DOW-UAP-D48, Department of the Air Force Report, 1996
Agency: Department of War
Incident date: 9/10/96
Page 89
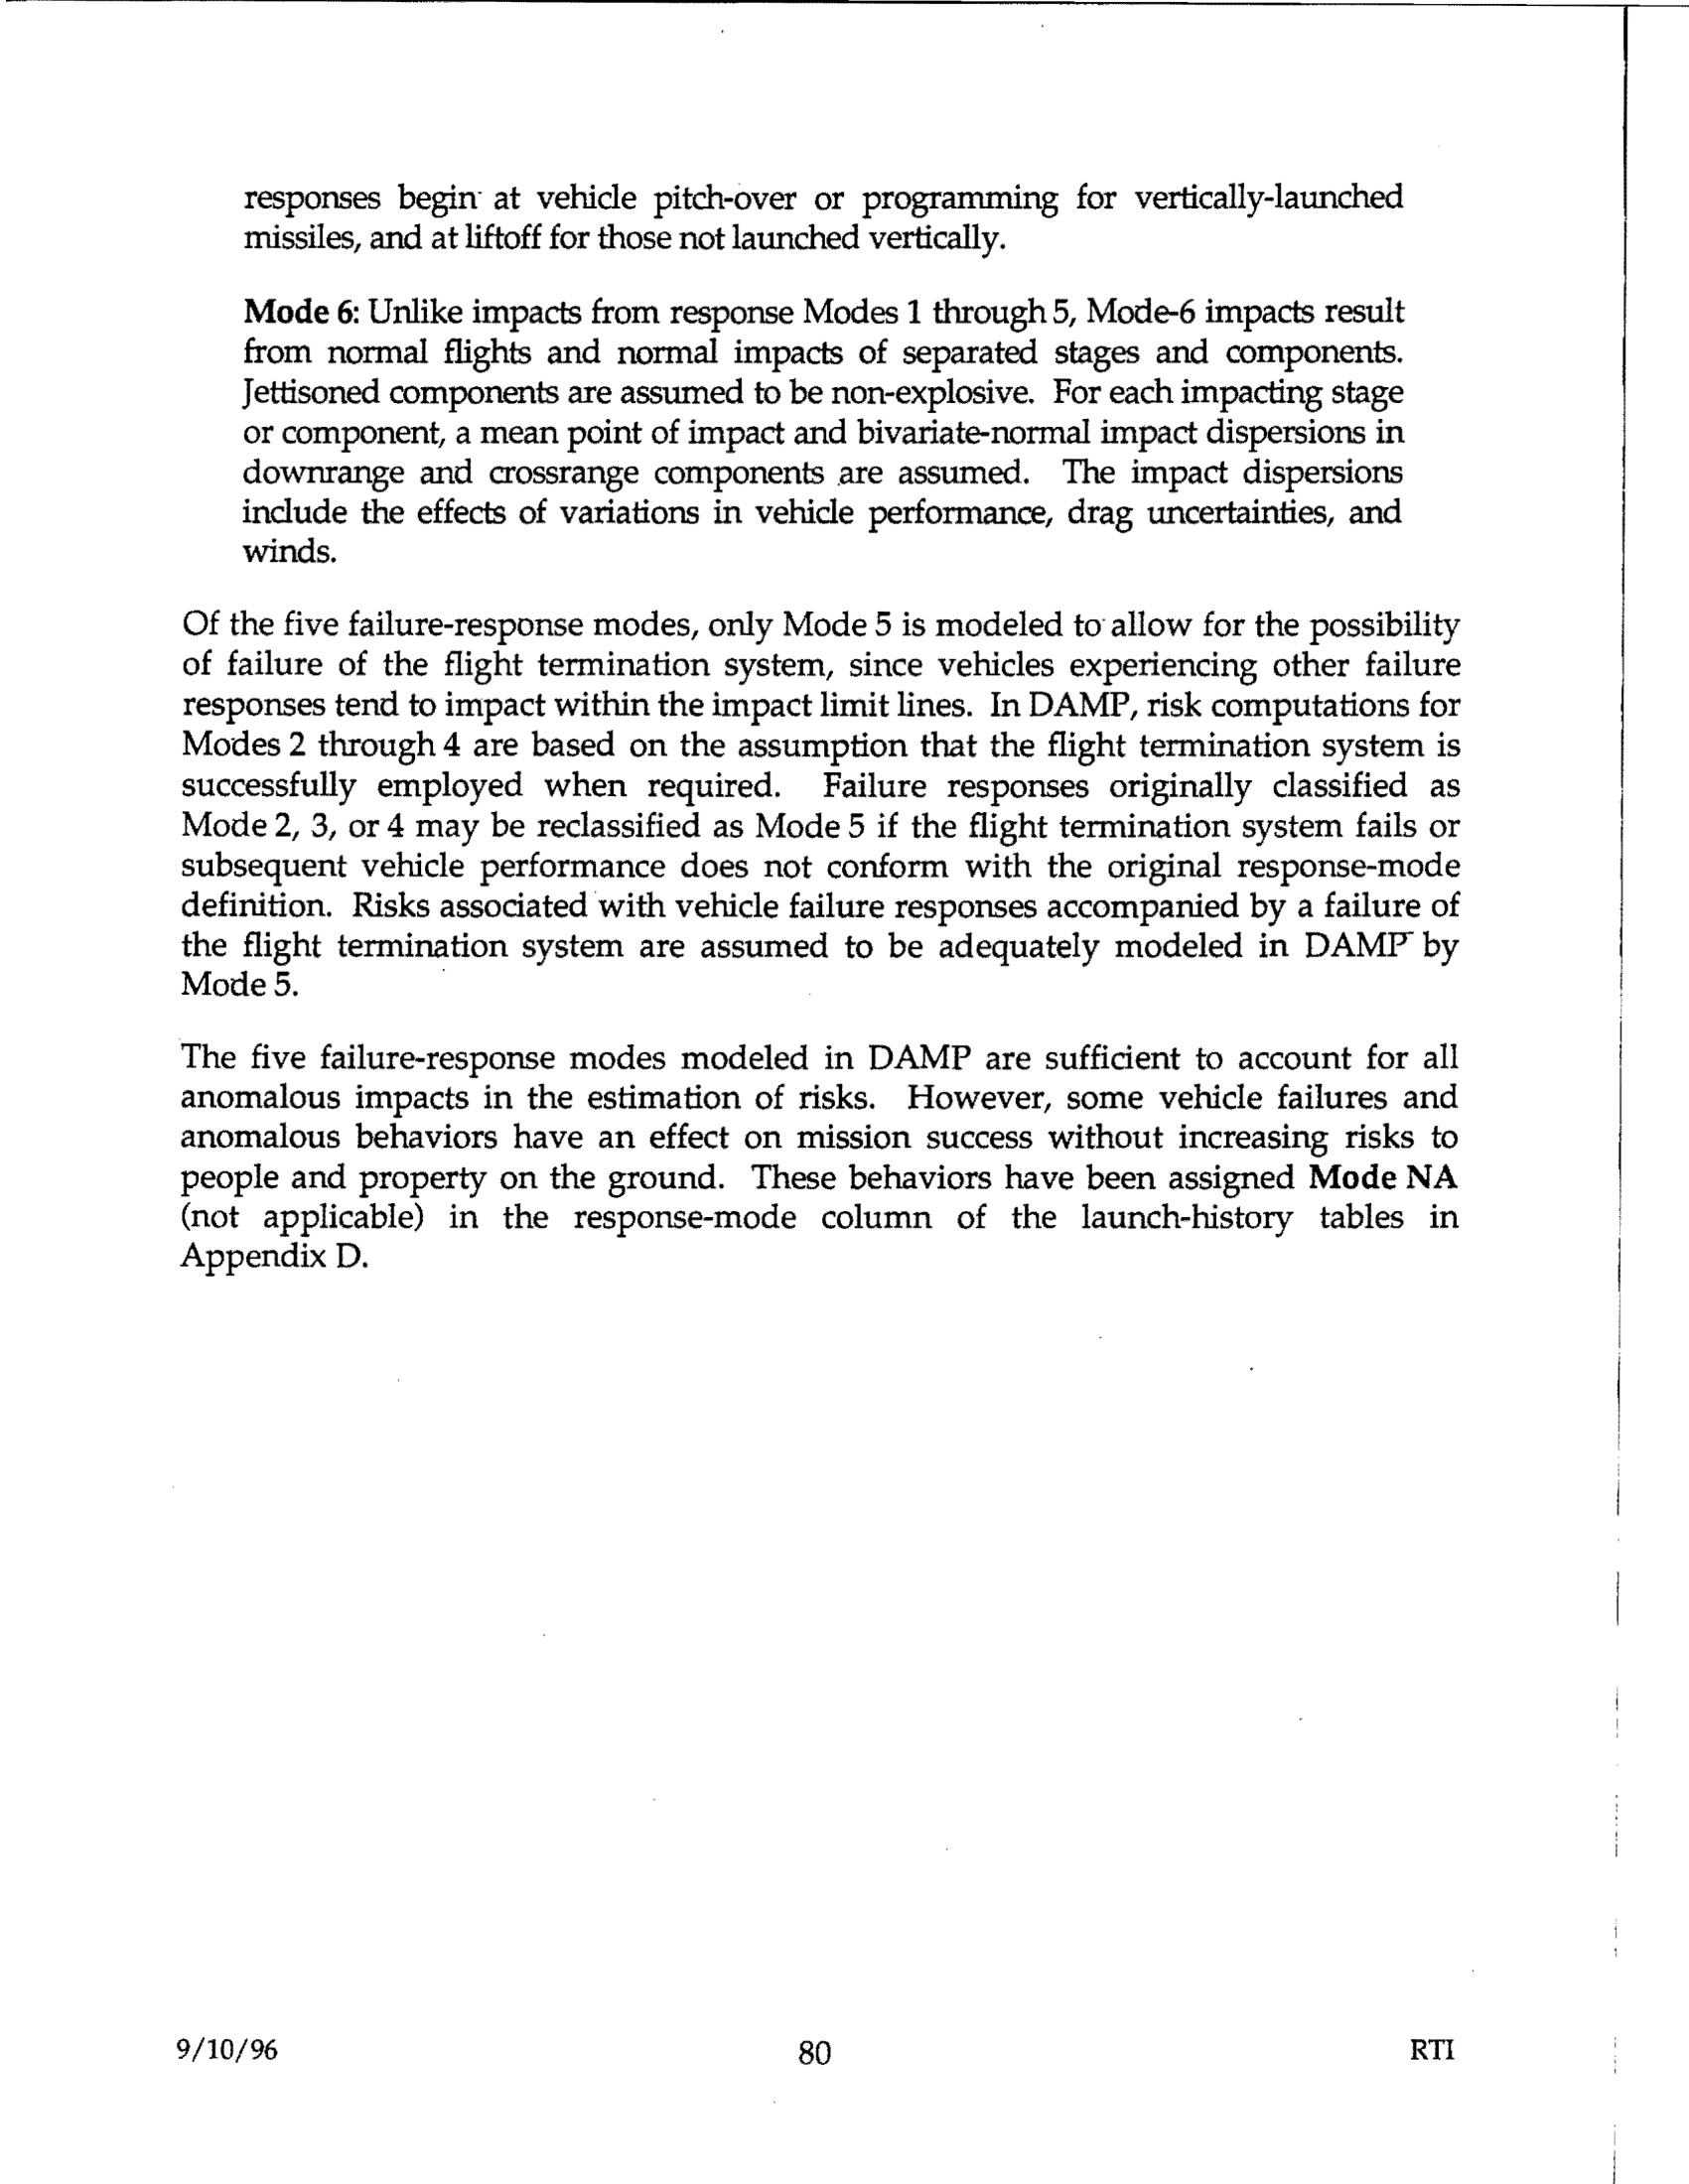